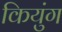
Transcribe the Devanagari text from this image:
कियुंग